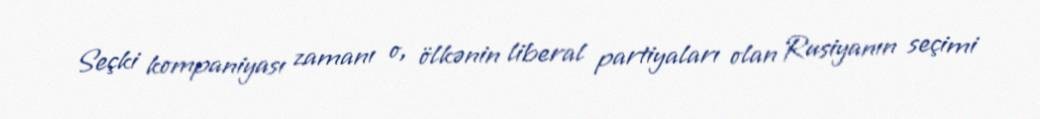
Seçki kompaniyası zamanı o, ölkənin liberal partiyaları olan Rusiyanın seçimi